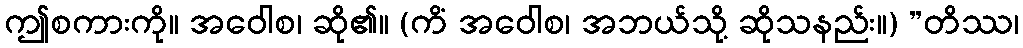
ဤစကားကို။ အဝေါစ၊ ဆို၏။ (ကိံ အဝေါစ၊ အဘယ်သို့ ဆိုသနည်း။) ”တိဿ၊